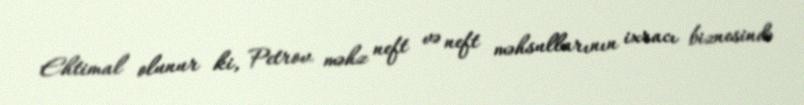
Ehtimal olunur ki, Petrov məhz neft və neft məhsullarının ixracı biznesində